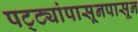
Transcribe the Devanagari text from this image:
पट्ट्यांपासूनपासून